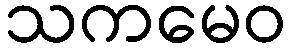
သကမေဝ